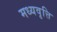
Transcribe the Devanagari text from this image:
मध्यवृत्ति